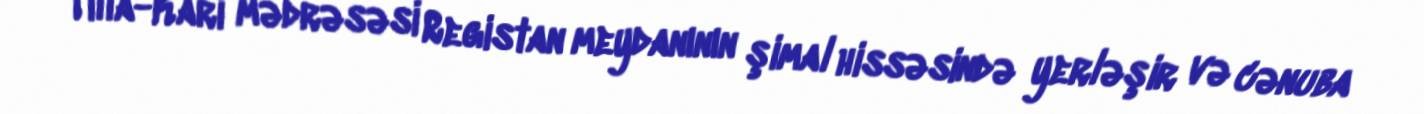
Tilla-Kari mədrəsəsi Registan meydanının şimal hissəsində yerləşir və cənuba